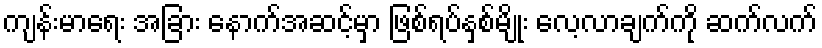
ကျန်းမာရေး အခြား နောက်အဆင့်မှာ ဖြစ်ရပ်နှစ်မျိုး လေ့လာချက်ကို ဆက်လက်